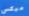
ميكس